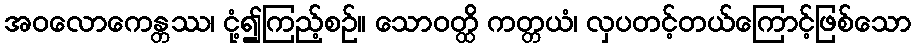
အဝလောကေန္တဿ၊ ငုံ့၍ကြည့်စဉ်။ သောဝတ္ထိ ကတ္တယံ၊ လှပတင့်တယ်ကြောင့်ဖြစ်သော